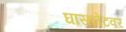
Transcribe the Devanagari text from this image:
घासलेटवर